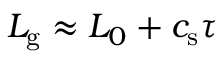
L _ { \mathrm { g } } \approx L _ { 0 } + c _ { \mathrm { s } } \tau